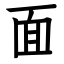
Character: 面